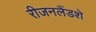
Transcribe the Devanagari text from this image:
रीजनलैंडशे